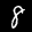
Label: 8